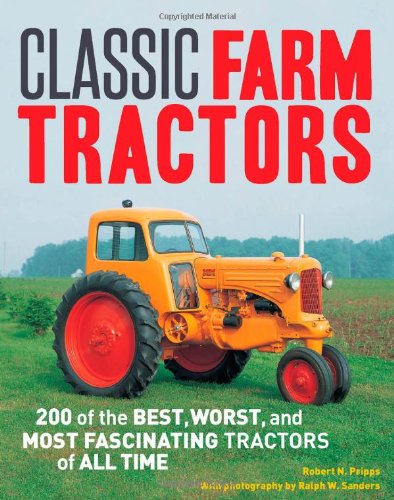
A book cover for Classic Farm Tractors: 200 of the Best, Worst, and Most Fascinating Tractors of All Time; Robert N. Pripps; Humor & Entertainment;